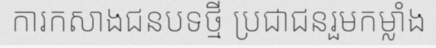
ការកសាងជនបទថ្មី ប្រជាជនរួមកម្លាំង